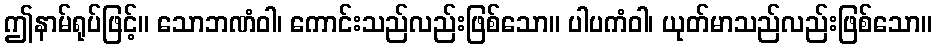
ဤနာမ်ရုပ်ဖြင့်။ သောဘဏံဝါ၊ ကောင်းသည်လည်းဖြစ်သော။ ပါပကံဝါ၊ ယုတ်မာသည်လည်းဖြစ်သော။